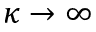
\kappa \to \infty